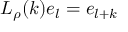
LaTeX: L _ { \rho } ( k ) e _ { l } = e _ { l + k }